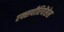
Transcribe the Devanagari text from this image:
एक्सपीरियेंसेस